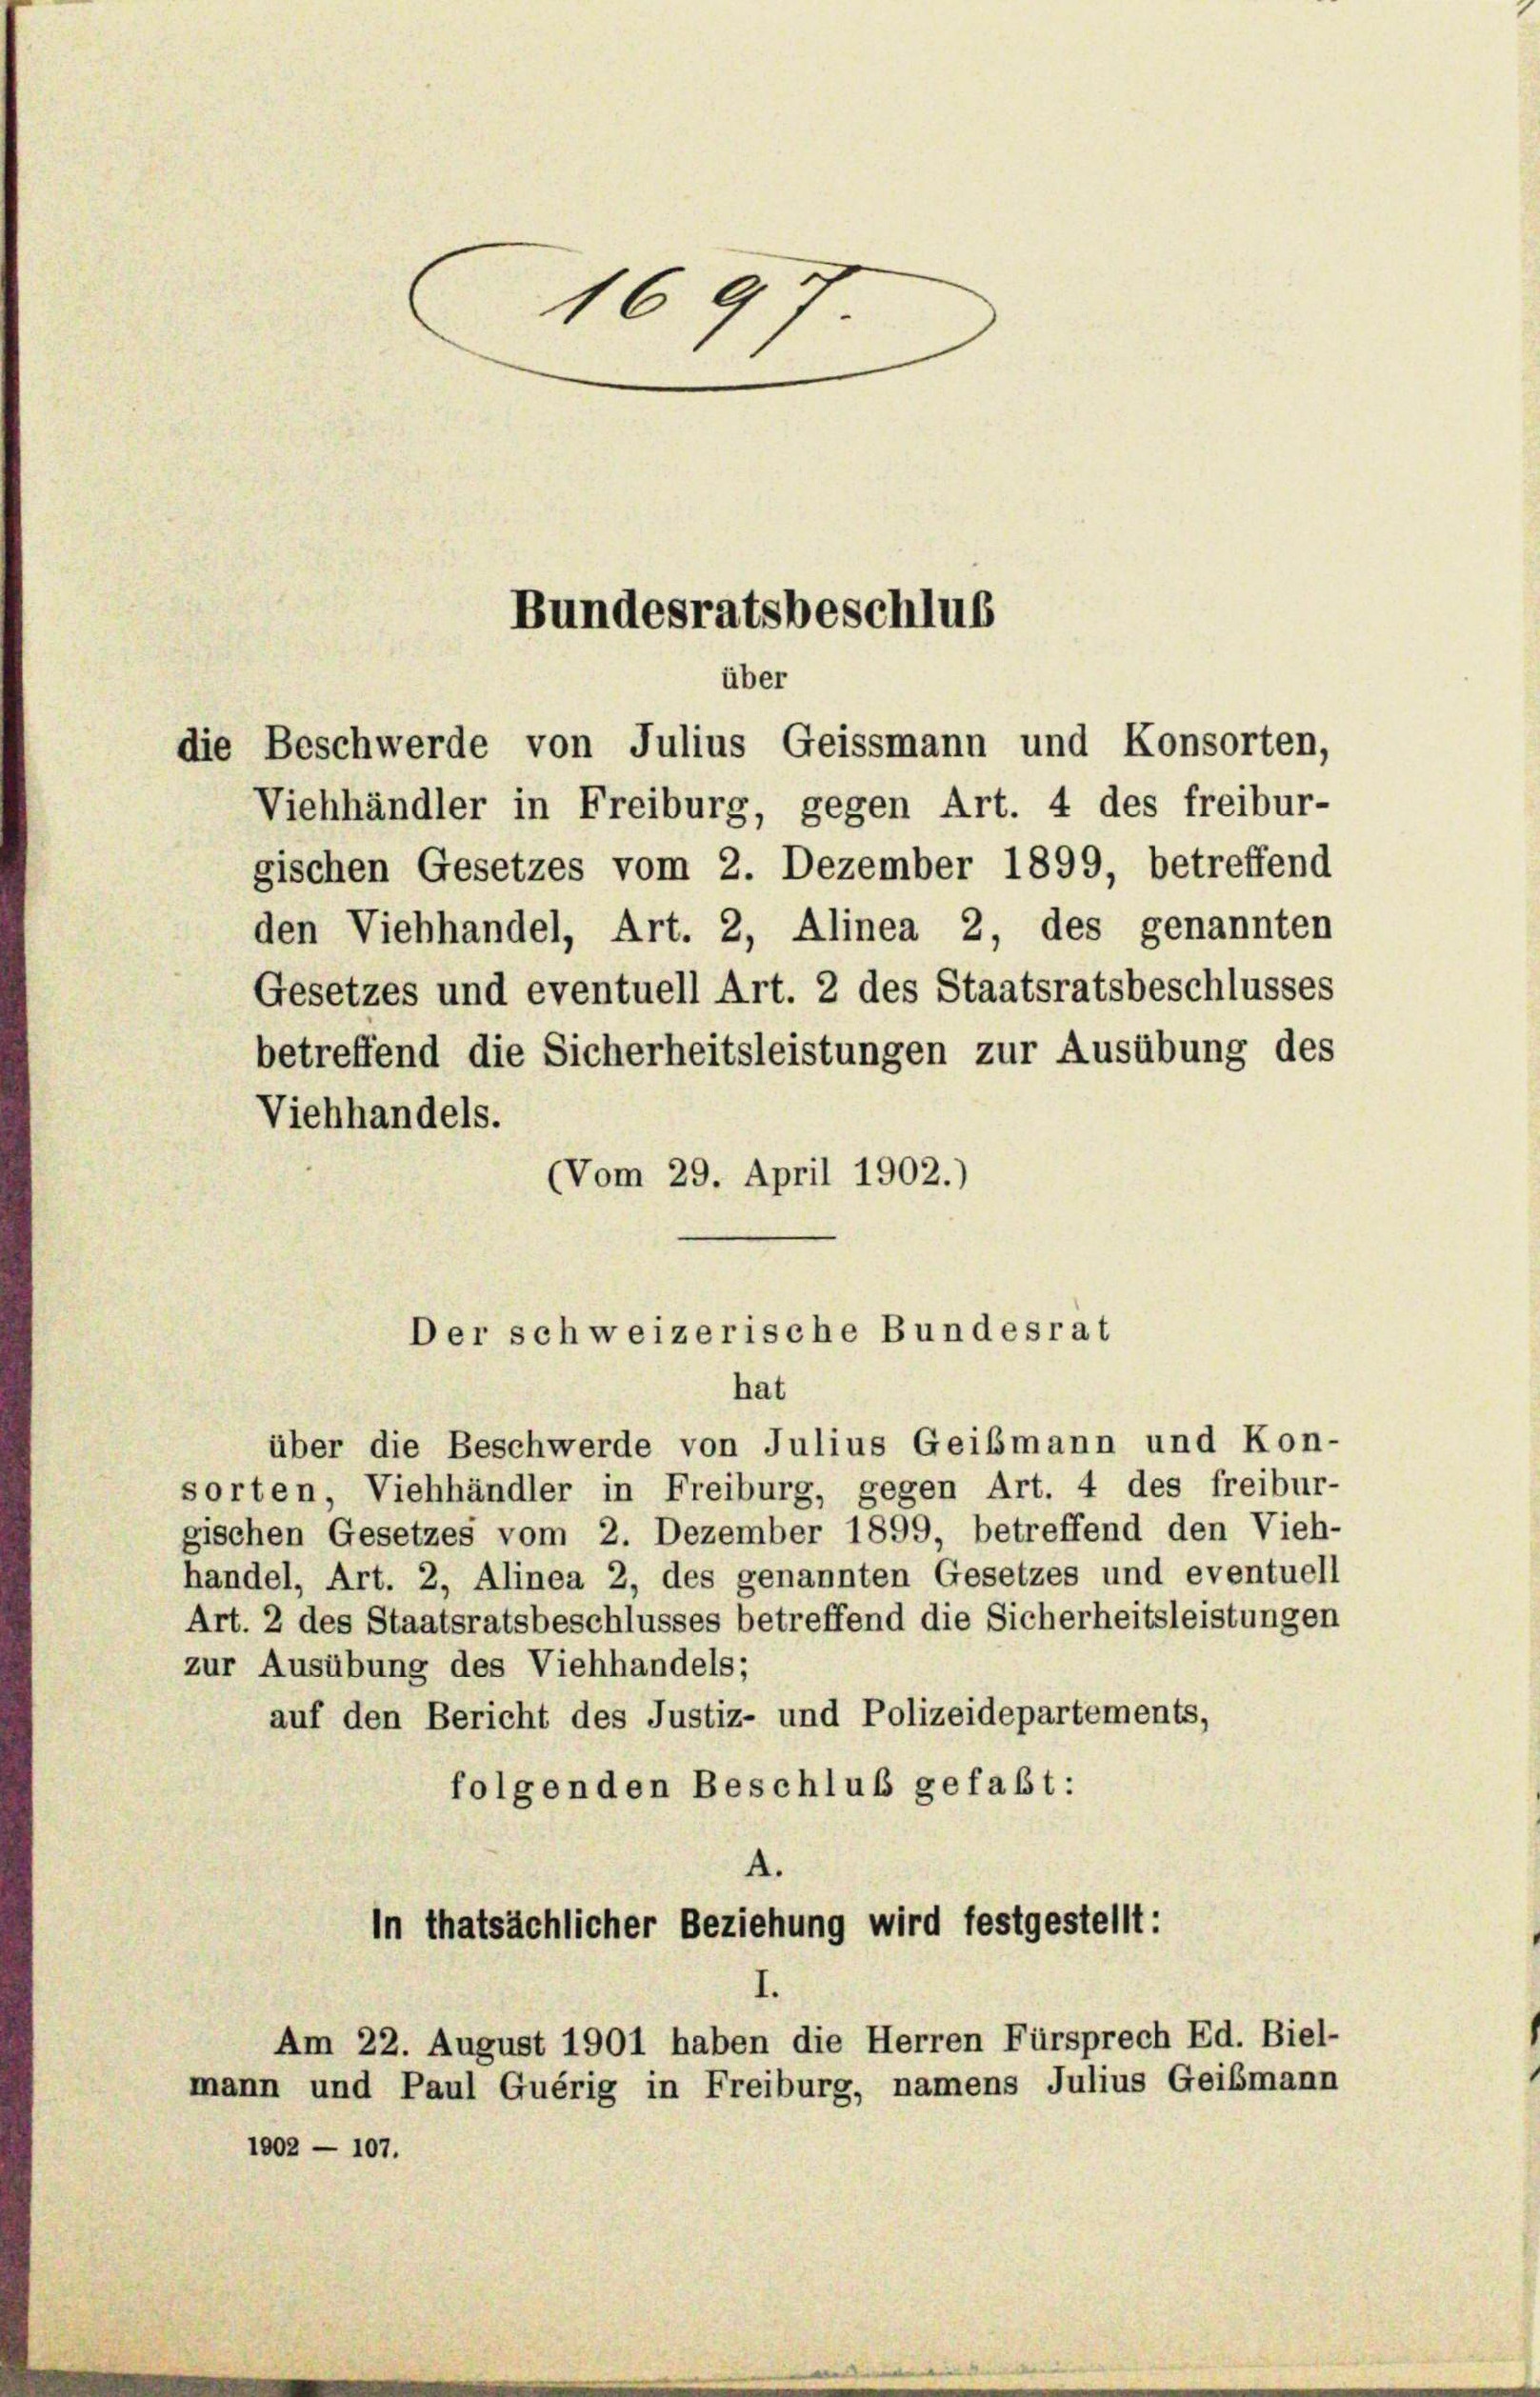
1697
Bundesratsbeschlus
über

die Beschwerde von Julius Geissmann und Konsorten,
Viehhändler in Freiburg, gegen Art. 4 des freibur-

gischen Gesetzes vom 2. Dezember 1899, betreffend
Viehhandels.
(Vom 29. April 1902.)

Gesetzes und eventuell Art. 2 des Staatsratsbeschlusses
betreffend die Sicherheitsleistungen zur Ausübung des

über die Beschwerde von Julius Geißmann und Kon-
sorten, Viehhändler in Freiburg, gegen Art. 4 des freibur-
gischen Gesetzes vom 2. Dezember 1899, betreffend den Vieh-
handel, Art. 2, Alinea 2, des genannten Gesetzes und eventuell
Art. 2 des Staatsratsbeschlusses betreffend die Sicherheitsleistungen
zur Ausübung des Viehhandels;
auf den Bericht des Justiz- und Polizeidepartements,
folgenden Beschluß gefaßt:
A.

1002 - 107.

Der schweizerische Bundesrat
hat

In thatsächlicher Beziehung wird festgestellt:
Am 22. August 1901 haben die Herren Fürsprech Ed. Biel-
mann und Paul Guérig in Freiburg, namens Julius Geibmann

den Viehhandel, Art. 2, Alinea 2, des genannten